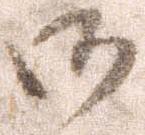
御